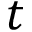
t